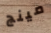
مينج